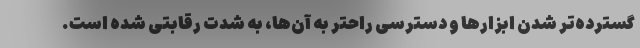
گسترده‌تر شدن ابزارها و دسترسی راحتر به آن‌ها، به شدت رقابتی شده است.